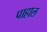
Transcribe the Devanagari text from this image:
पाहाल